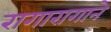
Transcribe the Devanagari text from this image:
रागारागाने